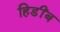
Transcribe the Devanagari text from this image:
हिडींब